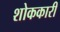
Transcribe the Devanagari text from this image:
शोककारी